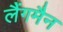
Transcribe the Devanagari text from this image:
लैंगमैन